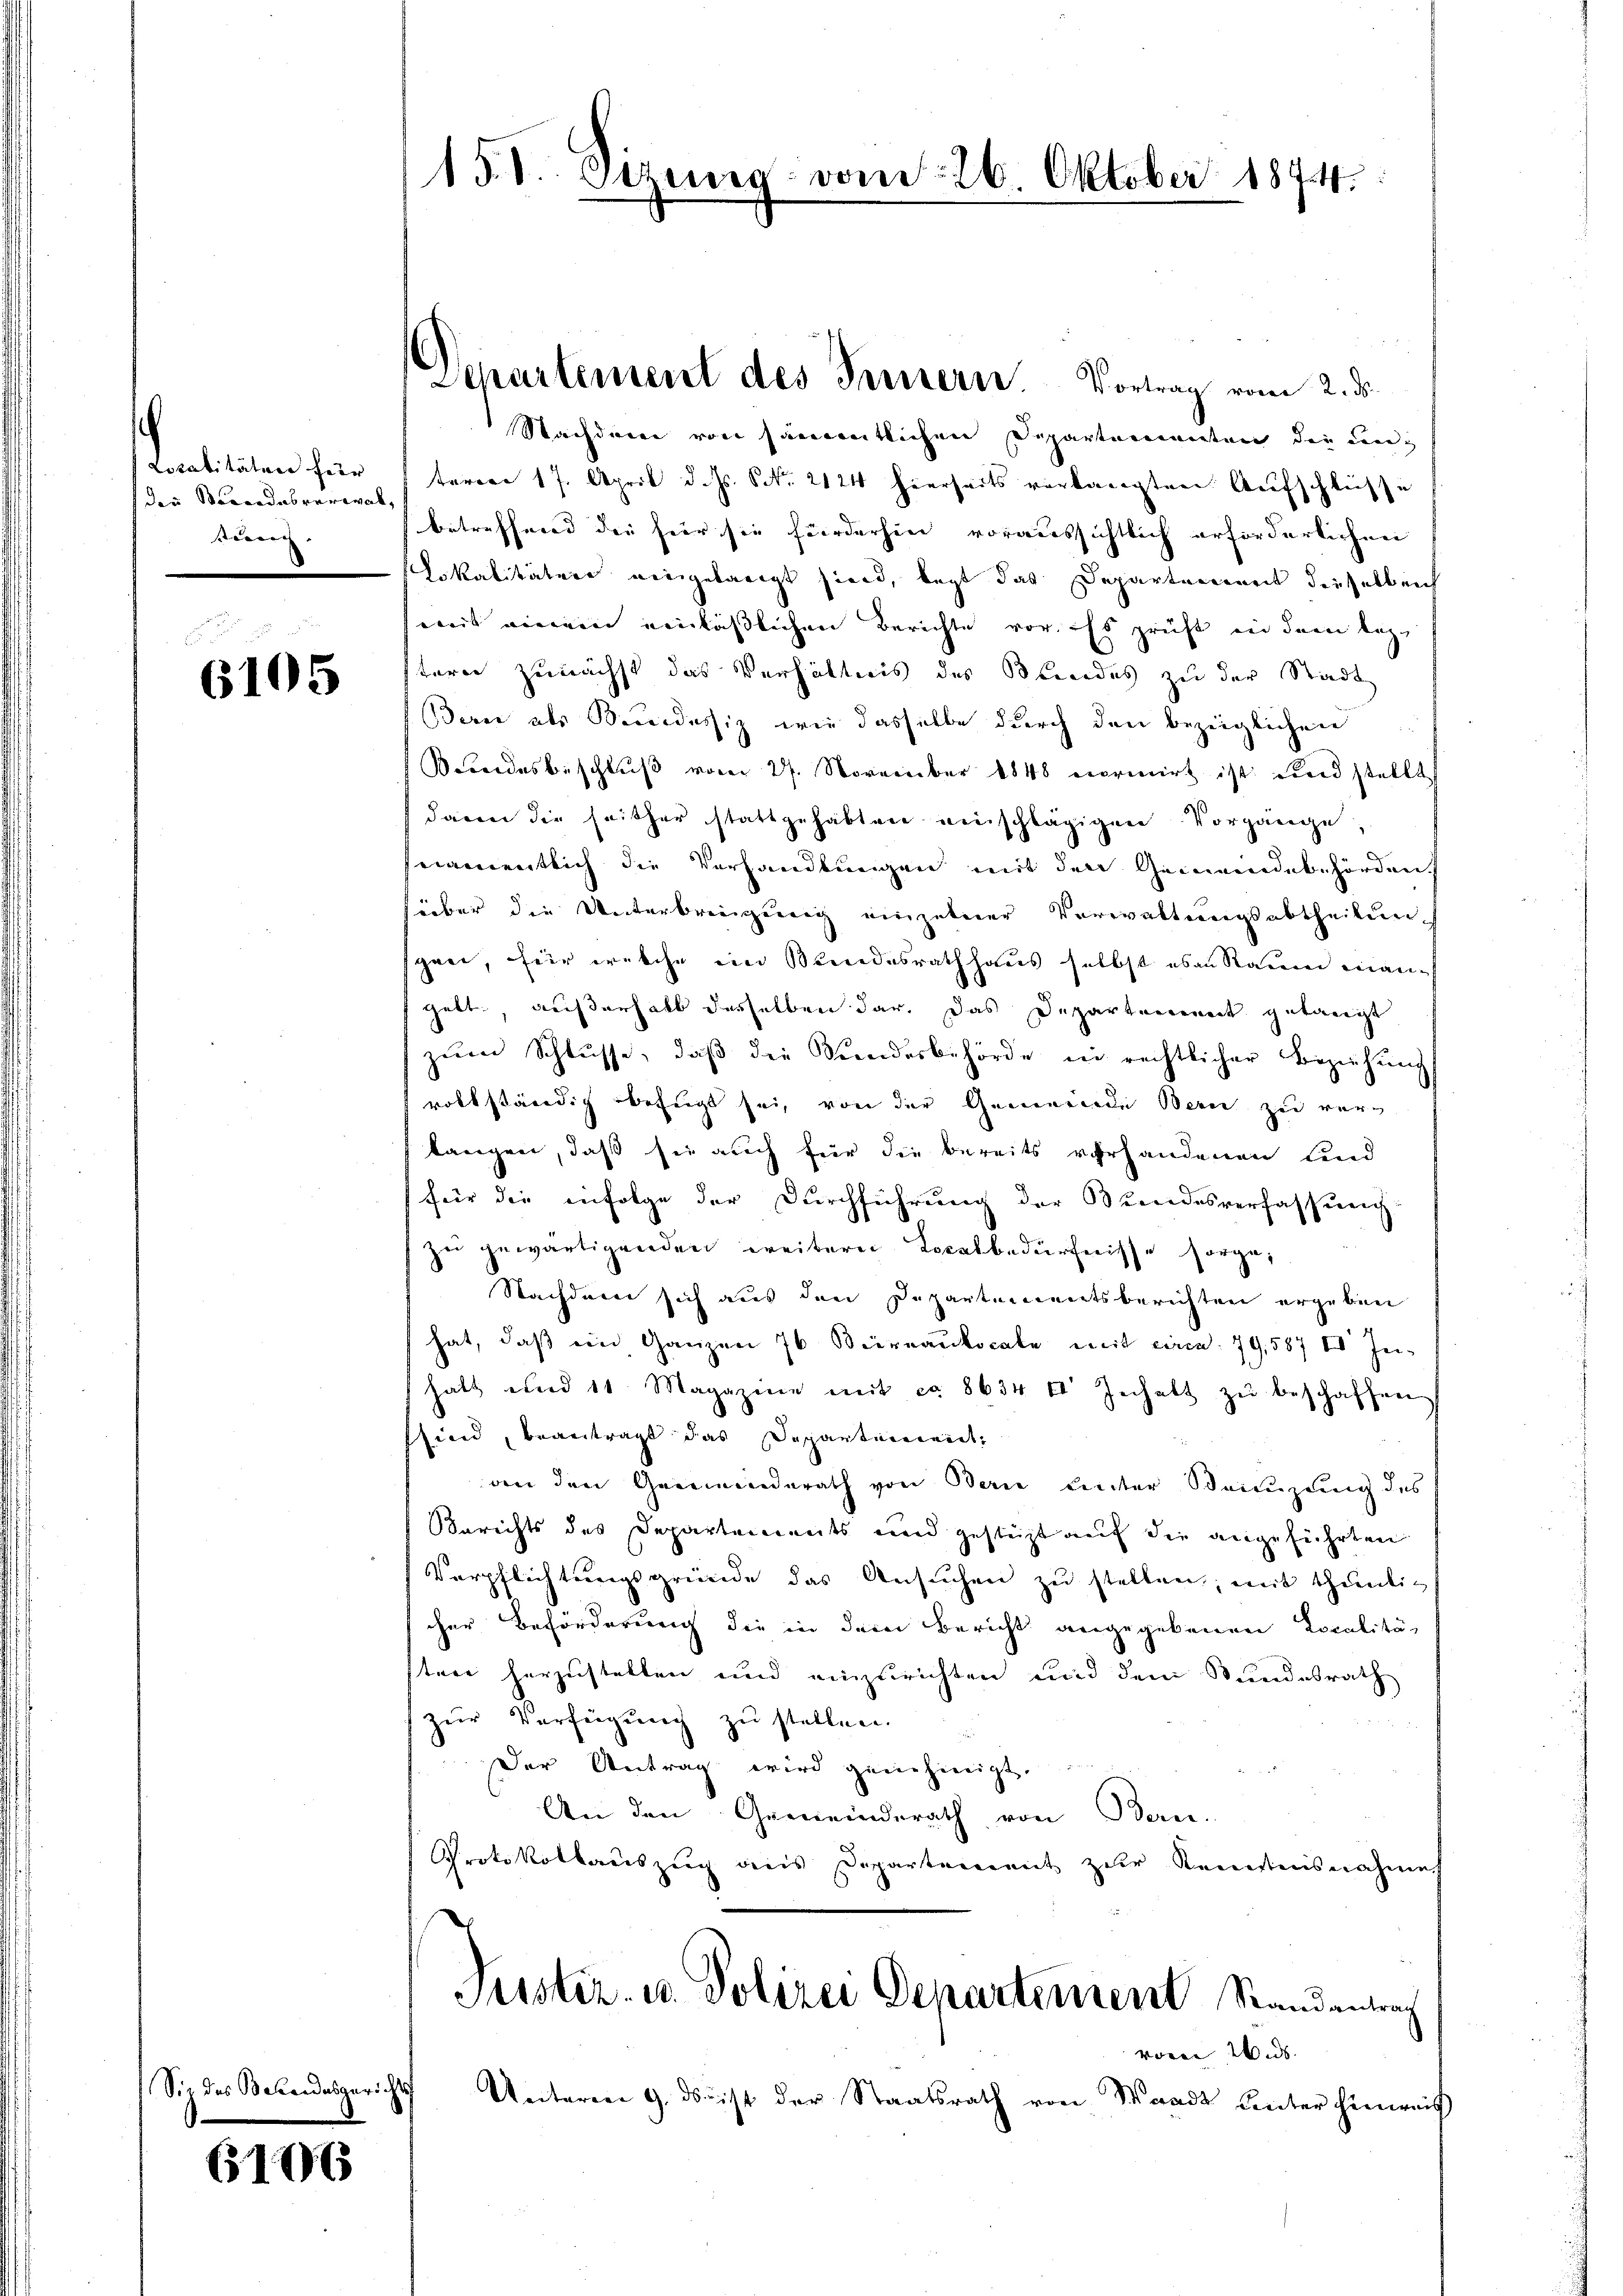
Farbeiten hier
(die Stundesverwalt,
kännt

u
6105

Siz des Behandesgeric

6196

Departement des Fernern. Vortrag vom 2. ds.

151. Sizen.

d. 26 Oktober 1874.

Nachdenen von sämentlichen Departementen die Lan
taren 17. April d. Js. No. 2124 hierseits verlangten Aufschlüsse
betreffend die hier sie förderhin voraussichtlich erforderlichen
Lokalitäten eingelangt sind, legt das Departement dieselben
weit einem einläßlichen Berichte vor. Es prüft in dem lezterer zunächst das Verhältnis des Blindes zu der Stadt
Bern als Bundessiz wie dasselbe durch den bezeiglichen
Bundesbeschluß vom 27. November 1848 vormirt ist wird stellt,
daren die seither stattgehabten einschlägigen Vorgänge,
namentlich die Verhandlungen mit den Gemeindebehörden.
über die Unterbringung einzelner Verwaltungsabtheilungee, für welche im Bundesrathhaus selbst es an Raume mangebt, außerhalb desselben dar. Das Departerienet getangt
zŭm Schlŭsse, daβ die Sandesbehörde in rechtlicher Beziehŭng
volkständig befugt sei, von der Gemeinde Bern zu vertangen, daß sie auch für die bereits verhandenen Kind
für die infolge der Durchführung der Bundesverfassung
zŭ gewärtigenden weitern Localbedürfnisse sorge,
Nachdene sich aus den Departementsberichten ergeben
hat, daß ein Ganzen 70 Beirnaukocale mit eine 79,587 I Jehatt und 11 Magazine mit ca 8634 f Inhalt zu beschaffen
sind, beantragt das Departeiereit,
an den Gemeinderath von Bern unter Beizung des
Berichts des Departeiinets und gesteht auf die angeführten
Verpflichtungsgründe das Ansuchen zu stellen, mit thunlicher Beförderung die in dem Bericht angegebenen Localität
sten herzustellen und einzurichten und dem Bundesrath
zur Verfügung zu stellen.
Der Antrag wird genehmigt.
An den Gemeinderath von Bern.
Protokollauszug aus Departement zur Kenntnisnahmes
Justiz- u. Polizei Departement Randantrag
voren Was
Unterren 9. ds ist der Staatsrath von Waadt unter hinweis